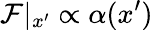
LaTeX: \mathcal{F}|_{x^{\prime}}\propto\alpha(x^{\prime})